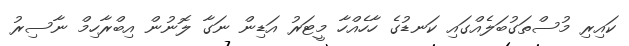
ކައިރި މުސްތަގުބަލެއްގައި ކަނޑުގެ ހާހެއްހާ މީޓަރު އަޑިން ނަގާ ލޮނުން އިބްރާހިމް ނާސިރު